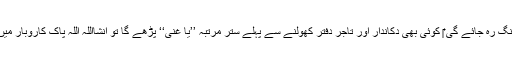
اوربہت جلد کاروبار میں ترقی ہوگی اور رزق حلال کہاں کہاں سے آئے گا کہ عقل دنگ رہ جائے گی ‎‎ کوئی بھی دکاندار اور تاجر دفتر کھولنے سے پہلے ستر مرتبہ ’’یا غنی‘‘ پڑھے گا تو انشااللہ اللہ پاک کاروبار میں برکت اور رزق میں اضافہ ہو گا اور کبھی بھی کسی نقصان کا خوف نہیں رہے گا ۔